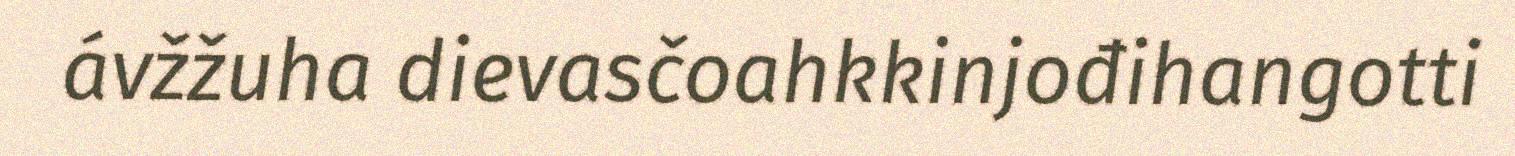
ávžžuha dievasčoahkkinjođihangotti